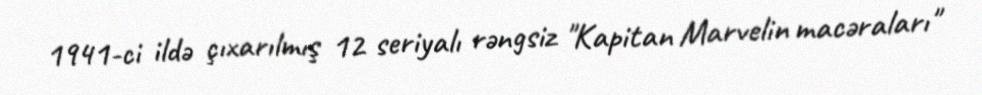
1941-ci ildə çıxarılmış 12 seriyalı rəngsiz "Kapitan Marvelin macəraları"